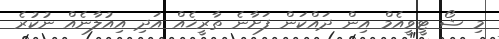
މި ޝޯ ޓީވީއެމް އިން ދައްކަން ފަށާނެ ތާރީޚެއް އަދި އިއުލާނެއް ނުކުރެ